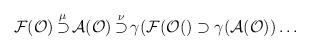
LaTeX: \begin{align*}{\cal F}({\cal O}) \mathop{\supset}^{\mu } {\cal A}({\cal O}) \mathop{\supset}^{\nu} \gamma ({\cal F}({\cal O }() \supset \gamma ({\cal A}({\cal O})) \dots\end{align*}